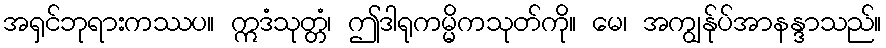
အရှင်ဘုရားကဿပ။ ဣဒံသုတ္တံ၊ ဤဒါရုကမ္မိကသုတ်ကို။ မေ၊ အကျွန်ုပ်အာနန္ဒာသည်။